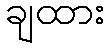
ချထား